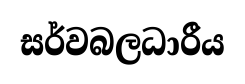
සර්වබලධාරීය